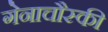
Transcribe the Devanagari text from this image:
गेनाचौस्की